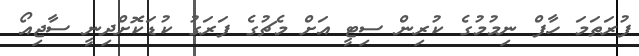
ފުރަތަމަ ހާފް ނިމުމުގެ ކުރިން ސިޓީ އަށް މެޗުގެ ފަރަގު ކުޑަކޮށްދިނީ ސާޖިއޯ